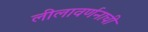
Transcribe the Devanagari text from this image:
लीलावर्णनाची